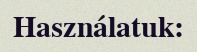
Használatuk: